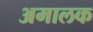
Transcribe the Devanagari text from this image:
अमालक